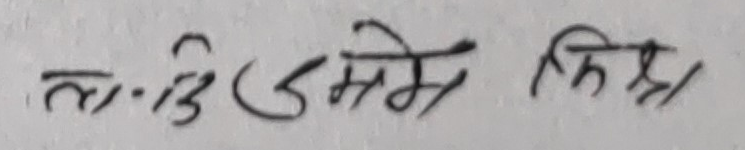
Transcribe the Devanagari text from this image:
लड इसमें लिख/